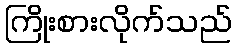
ကြိုးစားလိုက်သည်